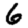
Digit: 6